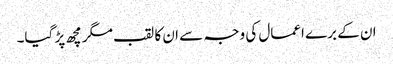
ان کے برے اعمال کی وجہ سے ان کا لقب مگرمچھ پڑ گیا۔